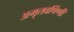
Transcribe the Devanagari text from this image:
अमृतवर्षिणी